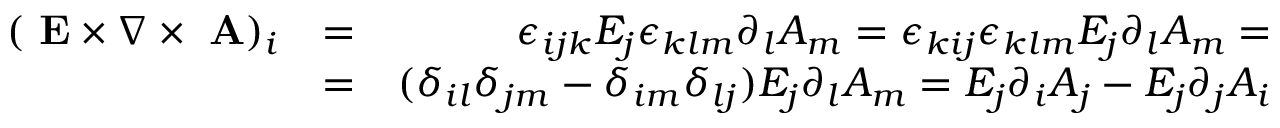
\begin{array} { r l r } { ( \mathrm { \bf ~ E } \times \nabla \times \mathrm { \bf ~ A } ) _ { i } } & { = } & { \epsilon _ { i j k } E _ { j } \epsilon _ { k l m } \partial _ { l } A _ { m } = \epsilon _ { k i j } \epsilon _ { k l m } E _ { j } \partial _ { l } A _ { m } = } \\ & { = } & { ( \delta _ { i l } \delta _ { j m } - \delta _ { i m } \delta _ { l j } ) E _ { j } \partial _ { l } A _ { m } = E _ { j } \partial _ { i } A _ { j } - E _ { j } \partial _ { j } A _ { i } } \end{array}